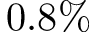
0 . 8 \%